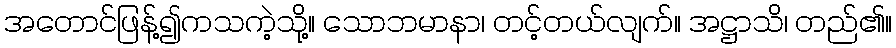
အတောင်ဖြန့်၍ကသကဲ့သို့။ သောဘမာနာ၊ တင့်တယ်လျက်။ အဋ္ဌာသိ၊ တည်၏။